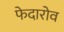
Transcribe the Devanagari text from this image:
फेदारोव